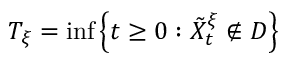
T _ { \xi } = \operatorname* { i n f } \left\{ t \geq 0 : \tilde { X } _ { t } ^ { \xi } \notin D \right\}